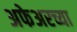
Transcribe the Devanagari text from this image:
अफेअरच्या